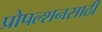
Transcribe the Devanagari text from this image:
प्रोपल्शनसाठी